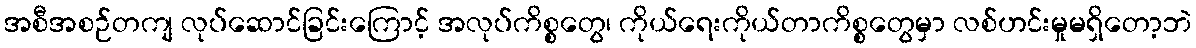
အစီအစဉ်တကျ လုပ်ဆောင်ခြင်းကြောင့် အလုပ်ကိစ္စတွေ၊ ကိုယ်ရေးကိုယ်တာကိစ္စတွေမှာ လစ်ဟင်းမှုမရှိတော့ဘဲ